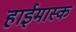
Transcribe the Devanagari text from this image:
हाईमास्क